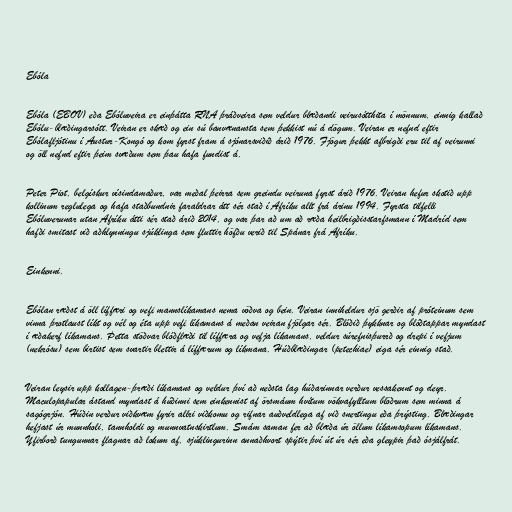
Ebóla

Ebóla (EBOV) eða Ebóluveira er einþátta RNA þráðveira sem veldur blæðandi veirusótthita í mönnum, einnig kallað
Ebólu-blæðingarsótt. Veiran er skæð og ein sú banvænansta sem þekkist nú á dögum. Veiran er nefnd eftir
Ebólafljótinu í Austur-Kongó og kom fyrst fram á sjónarsviðið árið 1976. Fjögur þekkt afbrigði eru til af veirunni
og öll nefnd eftir þeim svæðum sem þau hafa fundist á.

Peter Piot, belg­ískur vísindamaður, var meðal þeirra sem greindu veiruna fyrst árið 1976. Veiran hefur skotið upp
kollinum reglulega og hafa staðbundnir faraldrar átt sér stað í Afríku allt frá árinu 1994. Fyrsta tilfelli
Ebóluverunar utan Afríku átti sér stað árið 2014, og var þar að um að ræða heilbrigðisstarfsmann í Madríd sem
hafði smitast við aðhlynningu sjúklinga sem fluttir höfðu verið til Spánar frá Afríku.

Einkenni.

Ebólan ræðst á öll líffæri og vefi mannslíkamans nema vöðva og bein. Veiran inniheldur sjö gerðir af próteinum sem
vinna þrotlaust líkt og vél og éta upp vefi líkamans á meðan veiran fjölgar sér. Blóðið þykknar og blóðtappar myndast
í æðakerf líkamans. Þetta stöðvar blóðflæði til líffæra og vefja líkamans, veldur súrefnisþurrð og drepi í vefjum
(nekrósu) sem birtist sem svartir blettir á líffærum og líkmana. Húðblæðingar (petechiae) eiga sér einnig stað.

Veiran leysir upp kollagen-þræði líkamans og veldur því að neðsta lag húðarinnar verður vessakennt og deyr.
Maculopapular ástand myndast á húðinni sem einkennist af örsmáum hvítum vökvafylltum blöðrum sem minna á
sagógrjón. Húðin verður viðkvæm fyrir allri viðkomu og rifnar auðveldlega af við snertingu eða þrýsting. Blæðingar
hefjast úr munnholi, tannholdi og munnvatnskirtlum. Smám saman fer að blæða úr öllum líkamsopum líkamans.
Yfirborð tungunnar flagnar að lokum af, sjúklingurinn annaðhvort spýtir því út úr sér eða gleypir það ósjálfrát.